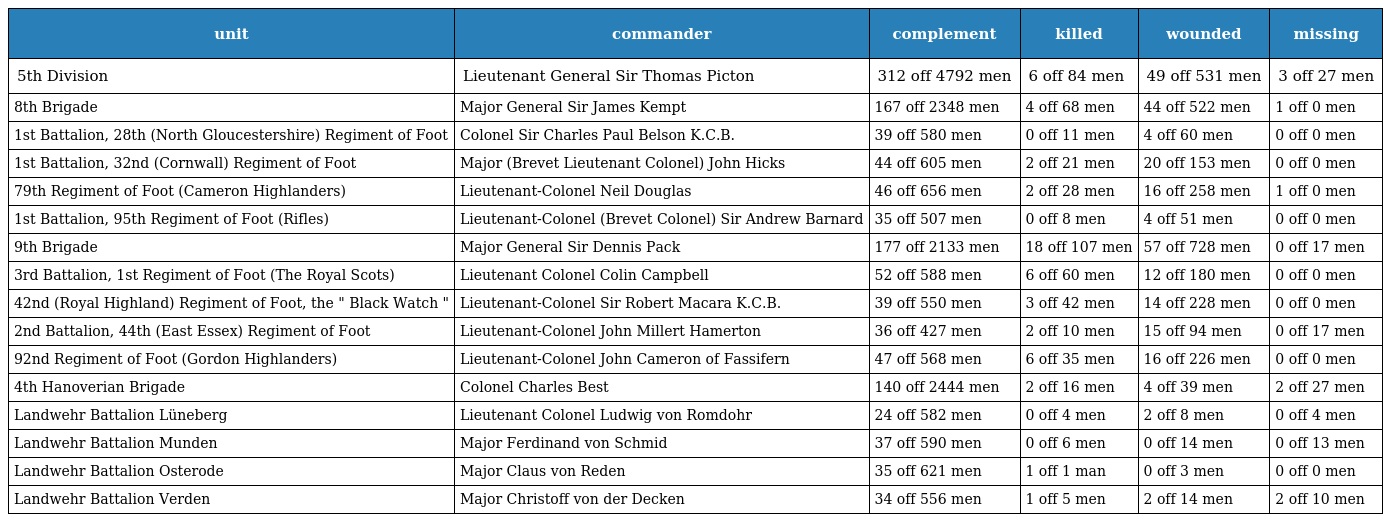
| unit | commander | complement | killed | wounded | missing |
 | --- | --- | --- | --- | --- | --- |
 | 5th Division | Lieutenant General Sir Thomas Picton | 312 off 4792 men | 6 off 84 men | 49 off 531 men | 3 off 27 men |
 | 8th Brigade | Major General Sir James Kempt | 167 off 2348 men | 4 off 68 men | 44 off 522 men | 1 off 0 men |
 | 1st Battalion, 28th (North Gloucestershire) Regiment of Foot | Colonel Sir Charles Paul Belson K.C.B. | 39 off 580 men | 0 off 11 men | 4 off 60 men | 0 off 0 men |
 | 1st Battalion, 32nd (Cornwall) Regiment of Foot | Major (Brevet Lieutenant Colonel) John Hicks | 44 off 605 men | 2 off 21 men | 20 off 153 men | 0 off 0 men |
 | 79th Regiment of Foot (Cameron Highlanders) | Lieutenant-Colonel Neil Douglas | 46 off 656 men | 2 off 28 men | 16 off 258 men | 1 off 0 men |
 | 1st Battalion, 95th Regiment of Foot (Rifles) | Lieutenant-Colonel (Brevet Colonel) Sir Andrew Barnard | 35 off 507 men | 0 off 8 men | 4 off 51 men | 0 off 0 men |
 | 9th Brigade | Major General Sir Dennis Pack | 177 off 2133 men | 18 off 107 men | 57 off 728 men | 0 off 17 men |
 | 3rd Battalion, 1st Regiment of Foot (The Royal Scots) | Lieutenant Colonel Colin Campbell | 52 off 588 men | 6 off 60 men | 12 off 180 men | 0 off 0 men |
 | 42nd (Royal Highland) Regiment of Foot, the " Black Watch " | Lieutenant-Colonel Sir Robert Macara K.C.B. | 39 off 550 men | 3 off 42 men | 14 off 228 men | 0 off 0 men |
 | 2nd Battalion, 44th (East Essex) Regiment of Foot | Lieutenant-Colonel John Millert Hamerton | 36 off 427 men | 2 off 10 men | 15 off 94 men | 0 off 17 men |
 | 92nd Regiment of Foot (Gordon Highlanders) | Lieutenant-Colonel John Cameron of Fassifern | 47 off 568 men | 6 off 35 men | 16 off 226 men | 0 off 0 men |
 | 4th Hanoverian Brigade | Colonel Charles Best | 140 off 2444 men | 2 off 16 men | 4 off 39 men | 2 off 27 men |
 | Landwehr Battalion Lüneberg | Lieutenant Colonel Ludwig von Romdohr | 24 off 582 men | 0 off 4 men | 2 off 8 men | 0 off 4 men |
 | Landwehr Battalion Munden | Major Ferdinand von Schmid | 37 off 590 men | 0 off 6 men | 0 off 14 men | 0 off 13 men |
 | Landwehr Battalion Osterode | Major Claus von Reden | 35 off 621 men | 1 off 1 man | 0 off 3 men | 0 off 0 men |
 | Landwehr Battalion Verden | Major Christoff von der Decken | 34 off 556 men | 1 off 5 men | 2 off 14 men | 2 off 10 men |